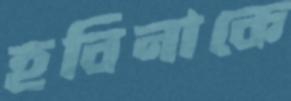
হবিনাকে